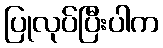
ပြုလုပ်ပြီးပါက